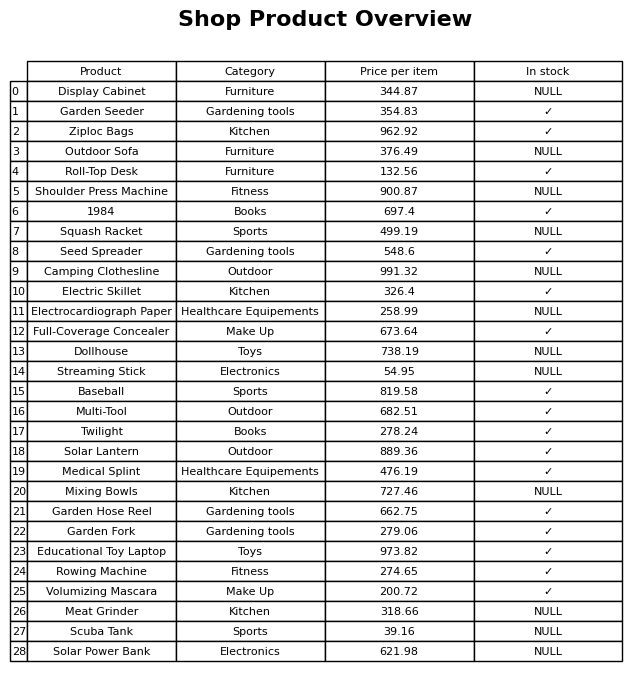
question: Which products are available in stock?
answer: Garden Seeder, Ziploc Bags, Roll-Top Desk, 1984, Seed Spreader, Electric Skillet, Full-Coverage Concealer, Baseball, Multi-Tool, Twilight, Solar Lantern, Medical Splint, Garden Hose Reel, Garden Fork, Educational Toy Laptop, Rowing Machine, Volumizing Mascara